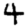
Digit: 4